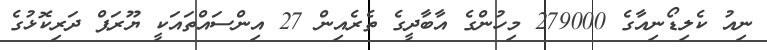
ނިއު ކެލިޑޯނިއާގެ 279000 މިހުންގެ އާބާދީގެ ތެރެއިން 27 އިންސައްތައަކީ ޔޫރަޕް ދަރިކޮޅުގެ